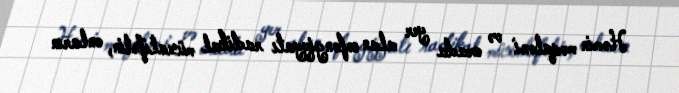
Həmin məqaləni və orada yer alan cəfəngiyyatı radikal müxalifətin, onların